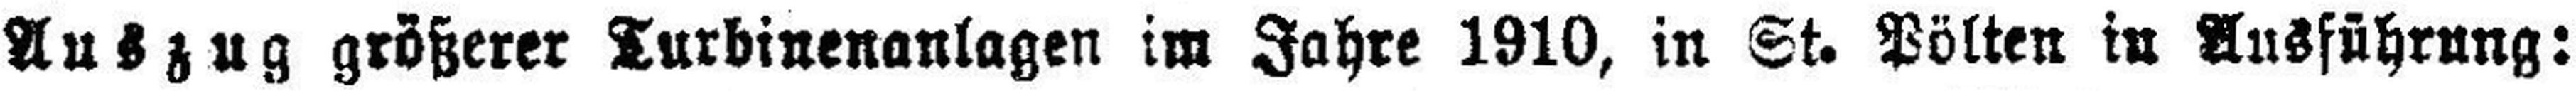
Auszug größerer Turbinenanlagen im Jahre 1910, in St. Pölten in Ausführung: